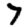
Digit: 7